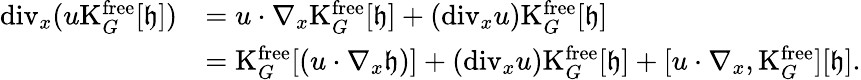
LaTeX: \begin{array}{rl}{\mathrm{div}_{x}(u\mathrm{K}_{G}^{\mathrm{free}}[\mathfrak{h}])}&{=u\cdot\nabla_{x}\mathrm{K}_{G}^{\mathrm{free}}[\mathfrak{h}]+(\mathrm{div}_{x}u)\mathrm{K}_{G}^{\mathrm{free}}[\mathfrak{h}]}\\ &{=\mathrm{K}_{G}^{\mathrm{free}}[(u\cdot\nabla_{x}\mathfrak{h})]+(\mathrm{div}_{x}u)\mathrm{K}_{G}^{\mathrm{free}}[\mathfrak{h}]+[u\cdot\nabla_{x},\mathrm{K}_{G}^{\mathrm{free}}][\mathfrak{h}].}\end{array}